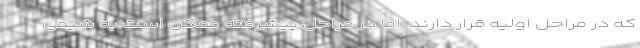
که در مراحل اولیه قرار دارند. اما در مراحل پیشرفته ممکن است به شیمی